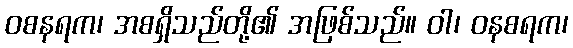
ဝစနရက၊ အစရှိသည်တို့၏ အဖြစ်သည်။ ဝါ၊ ဝနစရက၊